Vaccination report Assam 1896-1927 - 1896-1927
Year: 1896
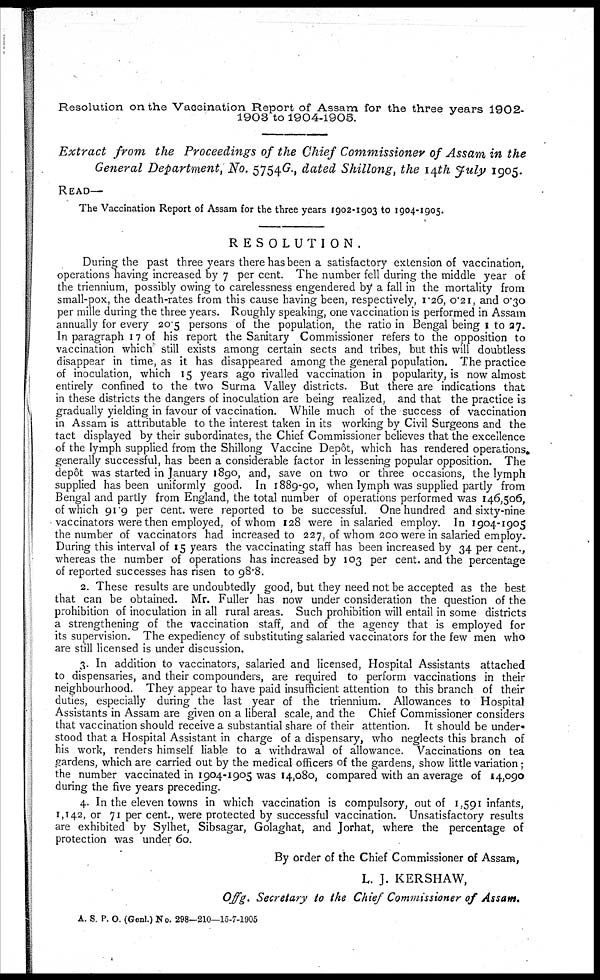
Resolution on the Vaccination Report of Assam for the three years 1902-
1903 to 1904-1905.
Extract from the Proceedings of the Chief Commissioner of Assam in the
General Department, No. 5754G., dated Shillong, the 14th July 1905.
READ—
The Vaccination Report of Assam for the three years 1902-1903 to 1904-1905.
RESOLUTION.
During the past three years there has been a satisfactory extension of vaccination,
operations having increased by 7 per cent. The number fell during the middle year of
the triennium, possibly owing to carelessness engendered by a fall in the mortality from
small-pox, the death-rates from this cause having been, respectively, 1.26, 0.21, and 0.30
per mille during the three years. Roughly speaking, one vaccination is performed in Assam
annually for every 20.5 persons of the population, the ratio in Bengal being 1 to 27.
In paragraph 17 of his report the Sanitary Commissioner refers to the opposition to
vaccination which still exists among certain sects and tribes, but this will doubtless
disappear in time, as it has disappeared among the general population. The practice
of inoculation, which 15 years ago rivalled vaccination in popularity, is now almost
entirely confined to the two Surma Valley districts. But there are indications that
in these districts the dangers of inoculation are being realized, and that the practice is
gradually yielding in favour of vaccination. While much of the success of vaccination
in Assam is attributable to the interest taken in its working by Civil Surgeons and the
tact displayed by their subordinates, the Chief Commissioner believes that the excellence
of the lymph supplied from the Shillong Vaccine Depôt, which has rendered operations,
generally successful, has been a considerable factor in lessening popular opposition. The
depôt was started in January 1890, and, save on two or three occasions, the lymph
supplied has been uniformly good. In 1889-90, when lymph was supplied partly from
Bengal and partly from England, the total number of operations performed was 146,506,
of which 91.9 per cent. were reported to be successful. One hundred and sixty-nine
vaccinators were then employed, of whom 128 were in salaried employ. In 1904-1905
the number of vaccinators had increased to 227, of whom 200 were in salaried employ.
During this interval of 15 years the vaccinating staff has been increased by 34 per cent.,
whereas the number of operations has increased by 103 per cent. and the percentage
of reported successes has risen to 98.8.
2. These results are undoubtedly good, but they need not be accepted as the best
that can be obtained. Mr. Fuller has now under consideration the question of the
prohibition of inoculation in all rural areas. Such prohibition will entail in some districts
a strengthening of the vaccination staff, and of the agency that is employed for
its supervision. The expediency of substituting salaried vaccinators for the few men who
are still licensed is under discussion.
3. In addition to vaccinators, salaried and licensed, Hospital Assistants attached
to dispensaries, and their compounders, are required to perform vaccinations in their
neighbourhood. They appear to have paid insufficient attention to this branch of their
duties, especially during the last year of the triennium. Allowances to Hospital
Assistants in Assam are given on a liberal scale, and the Chief Commissioner considers
that vaccination should receive a substantial share of their attention. It should be under¬
stood that a Hospital Assistant in charge of a dispensary, who neglects this branch of
his work, renders himself liable to a withdrawal of allowance. Vaccinations on tea
gardens, which are carried out by the medical officers of the gardens, show little variation;
the number vaccinated in 1904-1905 was 14,080, compared with an average of 14,090
during the five years preceding.
4. In the eleven towns in which vaccination is compulsory, out of 1,591 infants,
1,142, or 71 per cent., were protected by successful vaccination. Unsatisfactory results
are exhibited by Sylhet, Sibsagar, Golaghat, and Jorhat, where the percentage of
protection was under 60.
By order of the Chief Commissioner of Assam,
L. J. KERSHAW,
Offg. Secretary to the Chief Commissioner of Assam.
A. S. P. O. (Genl.) No. 298—210—15-7-1905